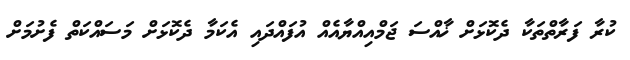
ކުރާ ފަރާތްތަކާ ދެކޮޅަށް ޚާއްސަ ޖަމްއިއްޔާއެއް އުފައްދައި އެކަމާ ދެކޮޅަށް މަސައްކަތް ފެށުމަށް